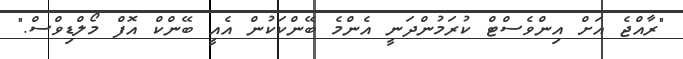
"ރާއްޖެ އަށް އިންވެސްޓް ކުރަމުންދަނީ އެންމެ ބޭންކަކުން އެއީ ބޭންކް އޮފް މޯލްޑިވްސް."